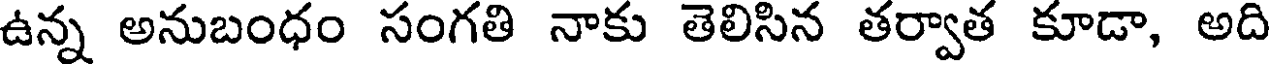
ఉన్న అనుబంధం సంగతి నాకు తెలిసిన తర్వాత కూడా, అది